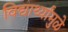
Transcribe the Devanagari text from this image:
विद्यार्थ्यांमुळे